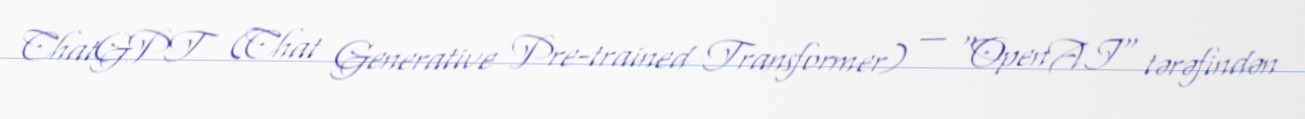
ChatGPT (Chat Generative Pre-trained Transformer) — "OpenAI" tərəfindən